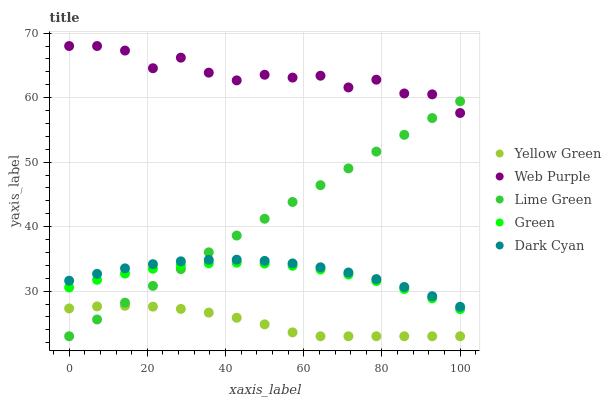
| xaxis_label | Yellow Green | Web Purple | Lime Green | Green | Dark Cyan |
 | --- | --- | --- | --- | --- | --- |
 | 0 | 27.3 | 68 | 23 | 30.6 | 31.6 |
 | 7.14 | 27.6 | 68 | 25.6 | 31.8 | 32.7 |
 | 14.3 | 27.7 | 67.3 | 28.2 | 32.7 | 33.5 |
 | 21.4 | 27.6 | 64.6 | 30.8 | 33.5 | 34.2 |
 | 28.6 | 27.2 | 66.2 | 33.4 | 34 | 34.6 |
 | 35.7 | 26.7 | 63.9 | 36 | 34.3 | 34.8 |
 | 42.9 | 25.9 | 62.7 | 38.6 | 34.4 | 34.9 |
 | 50 | 24.8 | 63.5 | 41.2 | 34.3 | 34.7 |
 | 57.1 | 23.6 | 63.1 | 43.8 | 33.9 | 34.3 |
 | 64.3 | 23 | 63.4 | 46.4 | 33.4 | 33.7 |
 | 71.4 | 23 | 61.6 | 49 | 32.6 | 32.9 |
 | 78.6 | 23 | 62.8 | 51.6 | 31.6 | 31.9 |
 | 85.7 | 23 | 60.6 | 54.2 | 30.3 | 30.6 |
 | 92.9 | 23 | 60.5 | 56.8 | 28.9 | 29.2 |
 | 100 | 23 | 57.6 | 59.4 | 27.2 | 27.6 |